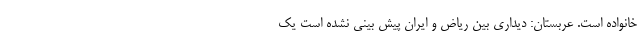
خانواده است. عربستان: دیداری بین ریاض و ایران پیش بینی نشده است یک